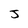
Character: J